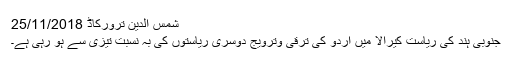
شمس الدین ترورکاڈ 25/11/2018
جنوبی ہند کی ریاست کیرالا میں اُردو کی ترقی وترویج دوسری ریاستوں کی بہ نسبت تیزی سے ہو رہی ہے۔